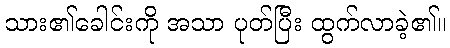
သား၏ခေါင်းကို အသာ ပုတ်ပြီး ထွက်လာခဲ့၏။